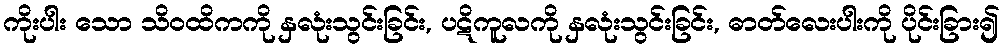
ကိုးပါး သော သိဝထိကကို နှလုံးသွင်းခြင်း, ပဋိကူလကို နှလုံးသွင်းခြင်း, ဓာတ်လေးပါးကို ပိုင်းခြား၍